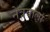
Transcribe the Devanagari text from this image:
नेत्रवाला